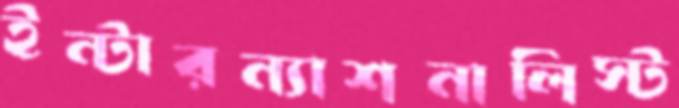
ইন্টারন্যাশনালিস্ট